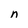
Character: n